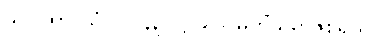
သဂါထာ-သံ-ပါ-၄၃၊ ဋ္ဌ-၉၇။ မဟိံသရာဇစရိယ၊